Lunatic asylums United Prov. 1922-30 - 1922-1930
Year: 1922
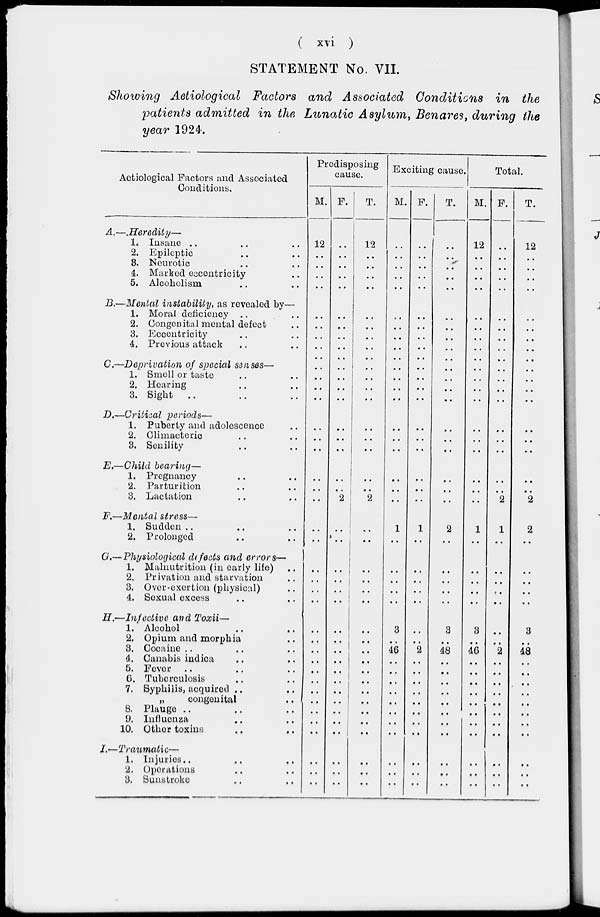
( xvi )
STATEMENT No. VII.
Showing Aetiological Factors and Associated Conditions in the
patients admitted in the Lunatic Asylum, Benares, during the
year 1924.
Aetiological Factors and Associated
Conditions.
A.—.Heredity—
1.
2.
3.
4.
5.
Insane .. .. ..
Epileptic .. ..
Neurotic .. ..
Marked eccentricity ..
Alcoholism .. ..
B.—Mental instability, as revealed by—
1.
2.
3.
4.
Moral deficiency .. ..
Congenital mental defect ..
Eccentricity .. ..
Previous attack .. ..
C.—Deprivation of special senses—
1.
2.
3.
Smell or taste .. ..
Hearing .. ..
Sight .. .. ..
D.—Critical periods—
1.
2.
3.
Puberty and adolosconce ..
Climacteric .. ..
Senility .. ..
E.—Child bearing—
1.
2.
3.
Pregnancy .. ..
Parturition .. ..
Lactation .. ..
F.—Mental stress—
1.
2.
Sudden .. .. ..
Prolonged .. ..
G.—Physiological defects and errors—
1.
2.
3.
4.
Malnutrition (in early life) ..
Privation and starvation ..
Over-exertion (physical) ..
Sexual excess .. ..
H.—Infective
and Toxii—
1.
2.
3.
4.
5.
6.
7.
8.
9.
10.
Alcohol .. ..
Opium and morphia ..
Cocaine .. .. ..
Canabis indica .. ..
Fever .. .. ..
Tuberculosis .. ..
Syphilis, acquired .. ..
„
congenital ..
Plauge .. .. ..
Influenza .. ..
Other toxins .. ..
I.—Traumatic—
1.
2.
3.
Injuries .. .. ..
Operations .. ..
Sunstroke .. ..
Predisposing
cause.
M.
12
..
..
..
..
..
..
..
..
..
..
..
..
..
..
..
..
..
..
..
..
..
..
..
..
..
..
..
..
..
..
..
..
..
..
..
..
..
..
F.
..
..
..
..
..
..
..
..
..
..
..
..
..
..
..
..
..
..
2
..
..
..
..
..
..
..
..
..
..
..
..
..
..
..
..
..
..
..
..
T.
12
..
..
..
..
..
..
..
..
..
..
..
..
..
..
..
..
..
2
..
..
..
..
..
..
..
..
..
..
..
..
..
..
..
..
..
..
..
..
Exciting cause.
M.
..
..
..
..
..
..
..
..
..
..
..
..
..
..
..
..
..
..
..
1
..
..
..
..
..
3
..
46
..
..
..
..
..
..
..
..
..
..
..
F.
..
..
..
..
..
..
..
..
..
..
..
..
..
..
..
..
..
..
..
1
..
..
..
..
..
..
..
2
..
..
..
..
..
..
..
..
..
..
..
T.
..
..
..
..
..
..
..
..
..
..
..
..
..
..
..
..
..
..
..
2
..
..
..
..
..
3
..
48
..
..
..
..
..
..
..
..
..
..
..
Total.
M.
12
..
..
..
..
..
..
..
..
..
..
..
..
..
..
..
..
..
..
1
..
..
..
..
..
3
..
46
..
..
..
..
..
..
..
..
..
..
..
F.
..
..
..
..
..
..
..
..
..
..
..
..
..
..
..
..
..
..
2
1
..
..
..
7
..
..
..
2
..
..
..
..
..
..
..
..
..
..
..
T.
12
..
..
..
..
..
..
..
..
..
..
..
..
..
..
..
..
..
2
2
..
..
..
..
..
3
..
48
..
..
..
..
..
..
..
..
..
..
..